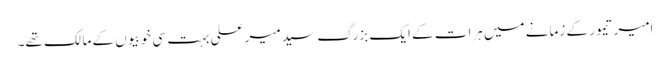
امیر تیمور کے زمانے میں ہرات کے ایک بزرگ سید میر علی بہت سی خوبیوں کے مالک تھے۔